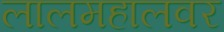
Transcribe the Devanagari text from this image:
लालमहालवर